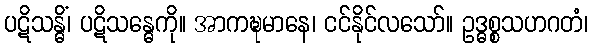
ပဋိသန္ဓိံ၊ ပဋိသန္ဓေကို။ အာကဍ္ဎမာနေ၊ ငင်နိုင်လသော်။ ဥဒ္ဓစ္စသဟဂတံ၊